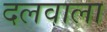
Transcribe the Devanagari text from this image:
दलवाला